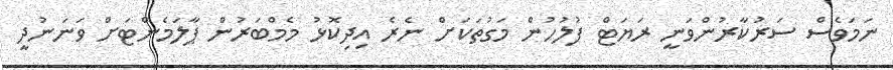
ނަމަވެސް ސަރުކާރުންވަނީ ރަޔަޓް ފުލުހުން މަގުތަކަށް ނެރެ އިދިކޮޅު މެމްބަރުން ޕާލަމެންޓަށް ވަނަނުދީ